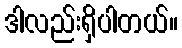
ဒါလည်းရှိပါတယ်။